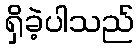
ရှိခဲ့ပါသည်